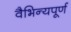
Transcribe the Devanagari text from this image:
वैभिन्यपूर्ण